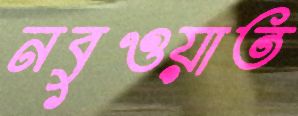
নবুওয়াত